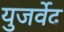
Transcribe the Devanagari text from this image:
युजर्वेद